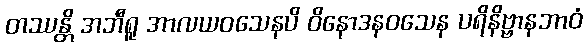
တဿန္တိ အဘီရူ အာလယဝသေနပိ ဝိနောဒနဝသေန ပရိနိဗ္ဗာနဘာဝံ